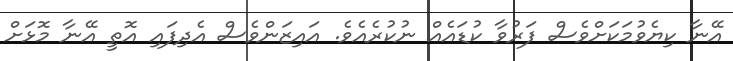
އޭނާ ކިޔެވުމަކަށްވެސް ފަރުވާ ކުޑައެއް ނުކުރެއެވެ. އައިޒަންވެސް އެދިފައި އޮތީ އޭނާ މޮޅަށް